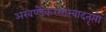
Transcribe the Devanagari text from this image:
अखण्डैकरसास्वादतृप्तो